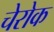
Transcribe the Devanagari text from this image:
चेरोक